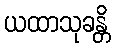
ယထာသုခန္တိ